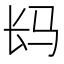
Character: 𲈤